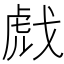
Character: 𰲞